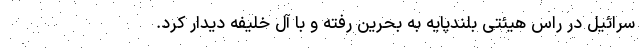
سرائیل در راس هیئتی بلندپایه به بحرین رفته و با آل خلیفه دیدار کرد.